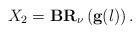
LaTeX: \begin{align*}X_2=\textbf{BR}_{\nu}\left(\textbf{g}(l)\right).\end{align*}